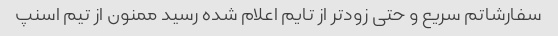
سفارشاتم سریع و حتی زودتر از تایم اعلام شده رسید ممنون از تیم اسنپ